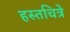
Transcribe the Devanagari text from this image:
हस्तचित्रे